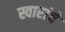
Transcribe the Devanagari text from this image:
स्वारांचे